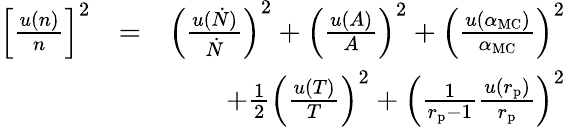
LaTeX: \begin{array}{rlr}{\left[\frac{u\left(n\right)}{n}\right]^{2}}&{=}&{\left(\frac{u(\dot{N})}{\dot{N}}\right)^{2}+\left(\frac{u(A)}{A}\right)^{2}+\left(\frac{u(\alpha_{\mathrm{MC}})}{\alpha_{\mathrm{MC}}}\right)^{2}}\\ &{}&{+\frac{1}{2}\left(\frac{u(T)}{T}\right)^{2}+\left(\frac{1}{r_{\mathrm{p}}-1}\frac{u(r_{\mathrm{p}})}{r_{\mathrm{p}}}\right)^{2}}\end{array}